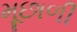
મૂછાળી